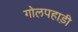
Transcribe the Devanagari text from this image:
गोलपहाड़ी